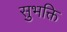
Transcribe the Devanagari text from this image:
सुभक्ति